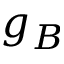
g _ { B }